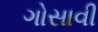
ગોસાવી